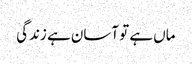
ماں ہے تو آسان ہے زندگی